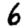
Digit: 6